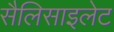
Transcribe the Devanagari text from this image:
सैलिसाइलेट